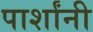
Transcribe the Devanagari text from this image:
पार्शांनी